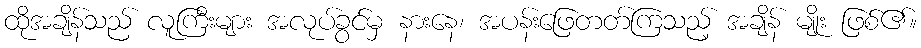
ထိုအချိန်သည် လူကြီးများ အလုပ်ခွင်မှ နားနေ၊ အပန်းဖြေတတ်ကြသည့် အချိန် မျိုး ဖြစ်၏။